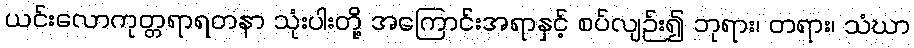
ယင်းလောကုတ္တရာရတနာ သုံးပါးတို့ အကြောင်းအရာနှင့် စပ်လျဉ်း၍ ဘုရား၊ တရား၊ သံဃာ